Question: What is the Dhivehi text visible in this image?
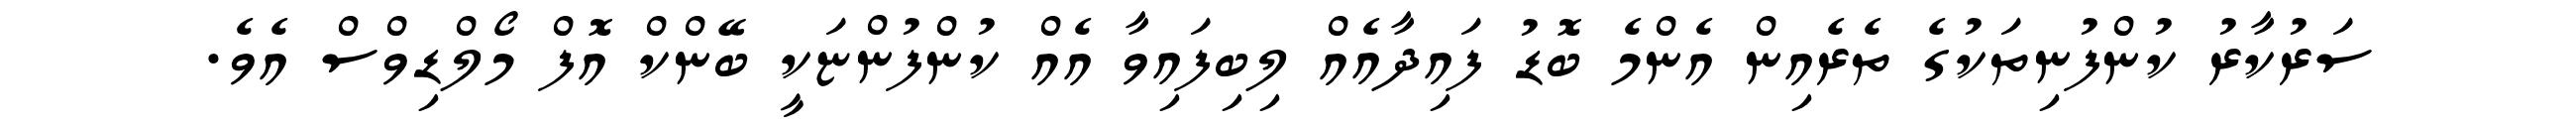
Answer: ސަރުކާރު ކުންފުނިތަކުގެ ތެރެއިން އެންމެ ބޮޑު ފައިދާއެއް ލިބިފައިވާ އެއް ކުންފުންޏަކީ ބޭންކް އޮފް މޯލްޑިވްސް އެވެ.